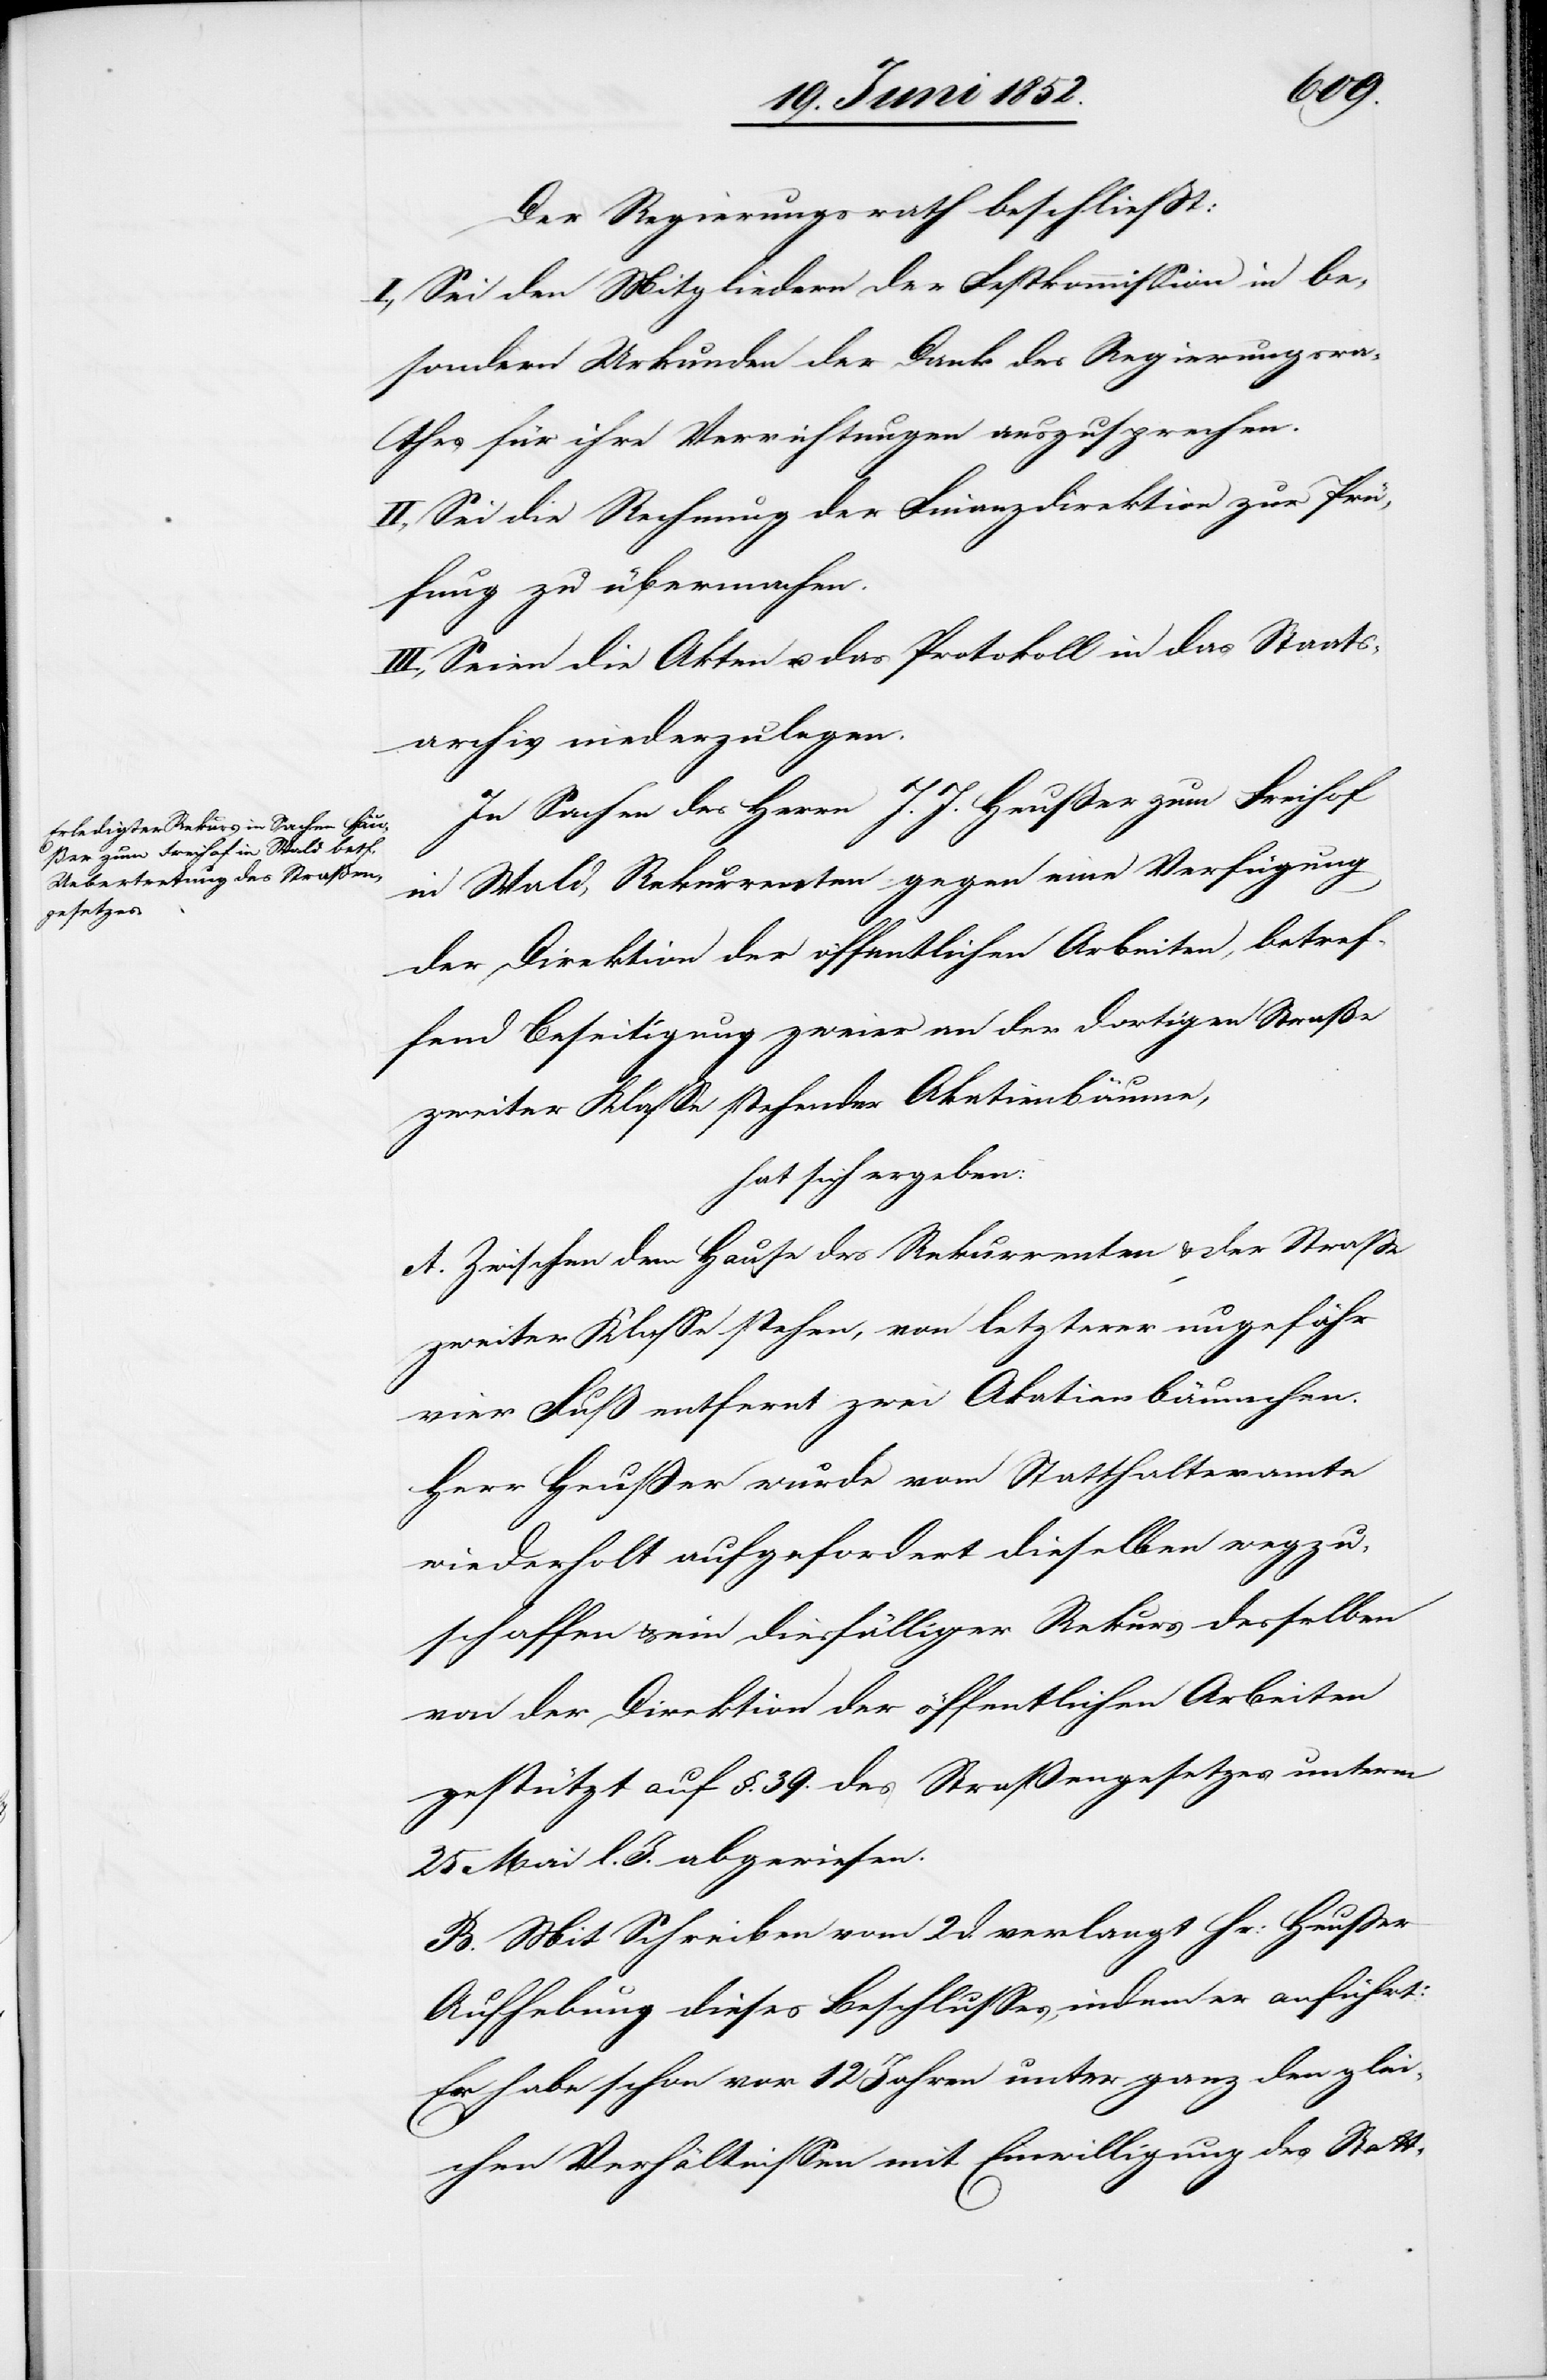
Der Regierungsrath beschließt:
I., Sei den Mitgliedern der Festkommission in be¬
sondern Urkunden der Dank des Regierungsra¬
thes für ihre Verrichtungen auszusprechen.
II., Sei die Rechnung der Finanzdirektion zur Prü¬
fung zu übermachen.
III., Seien die Akten u. das Protokoll in das Staats¬
archiv niederzulegen.
In Sachen des Herrn J. J. Heußer [sic!]
in Wald, Rekurrenten gegen eine Verfügung
der Direktion der öffentlichen Arbeiten, betref¬
fend Beseitigung zweier an der dortigen Straße
zweiter Klasse stehender Akatienbäume,
hat sich ergeben:
A. Zwischen dem Hause des Rekurrenten & der Straße
zweiter Klasse stehen, von letzterer ungefähr
vier Fuß entfernt zwei Akatienbäumchen.
Herr Heusser wurde vom Statthalteramte
wiederholt aufgefordert dieselben wegzu¬
schaffen & ein diesfälliger Rekurs desselben
von der Direktion der öffentlichen Arbeiten
gestützt auf §. 39. des Straßengesetzes unterm
25 Mai l. J. abgewiesen.
B. Mit Schreiben vom 2 d. verlangt Hr: Heusser
Aufhebung dieses Beschlusses, indem er anführt:
Er habe schon vor 12 Jahren unter ganz den glei¬
chen Verhältnissen mit Einwilligung des Statt-